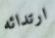
ارتدائه